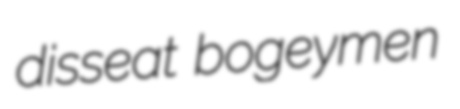
disseat bogeymen